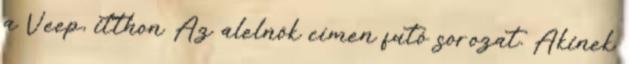
a Veep, itthon Az alelnök címen futó sorozat. Akinek